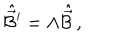
LaTeX: \hat { \vec { \cal B } } { } ^ { \prime } = \Lambda \hat { \vec { \cal B } } \, ,